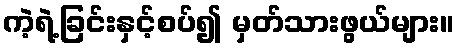
ကဲ့ရဲ့ခြင်းနှင့်စပ်၍ မှတ်သားဖွယ်များ။